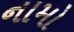
નામો